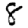
Digit: 8